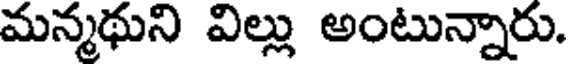
మన్మథుని విల్లు అంటున్నారు.